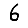
Digit: 6